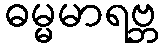
ဓမ္မမာရဗ္ဘ